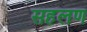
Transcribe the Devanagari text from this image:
सहलण